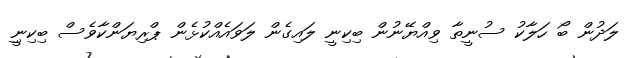
ލަދުން ބޯ ހަލާކު ސުނީތާ ވިއްޔޭނުން ބިކިނީ ލައިގެން ލަވައެއްކުޅެން ޕްރިޔަންކާވެސް ބިކިނިީ